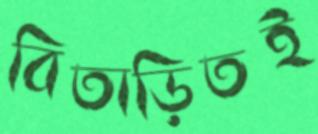
বিতাড়িতই